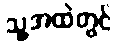
သူ့အထဲတွင်